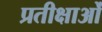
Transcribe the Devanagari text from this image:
प्रतीक्षाओं